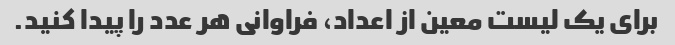
برای یک لیست معین از اعداد، فراوانی هر عدد را پیدا کنید.